65_HS1-834228961_62-HQ-83894_Section_1
Agency: FBI
Page 79
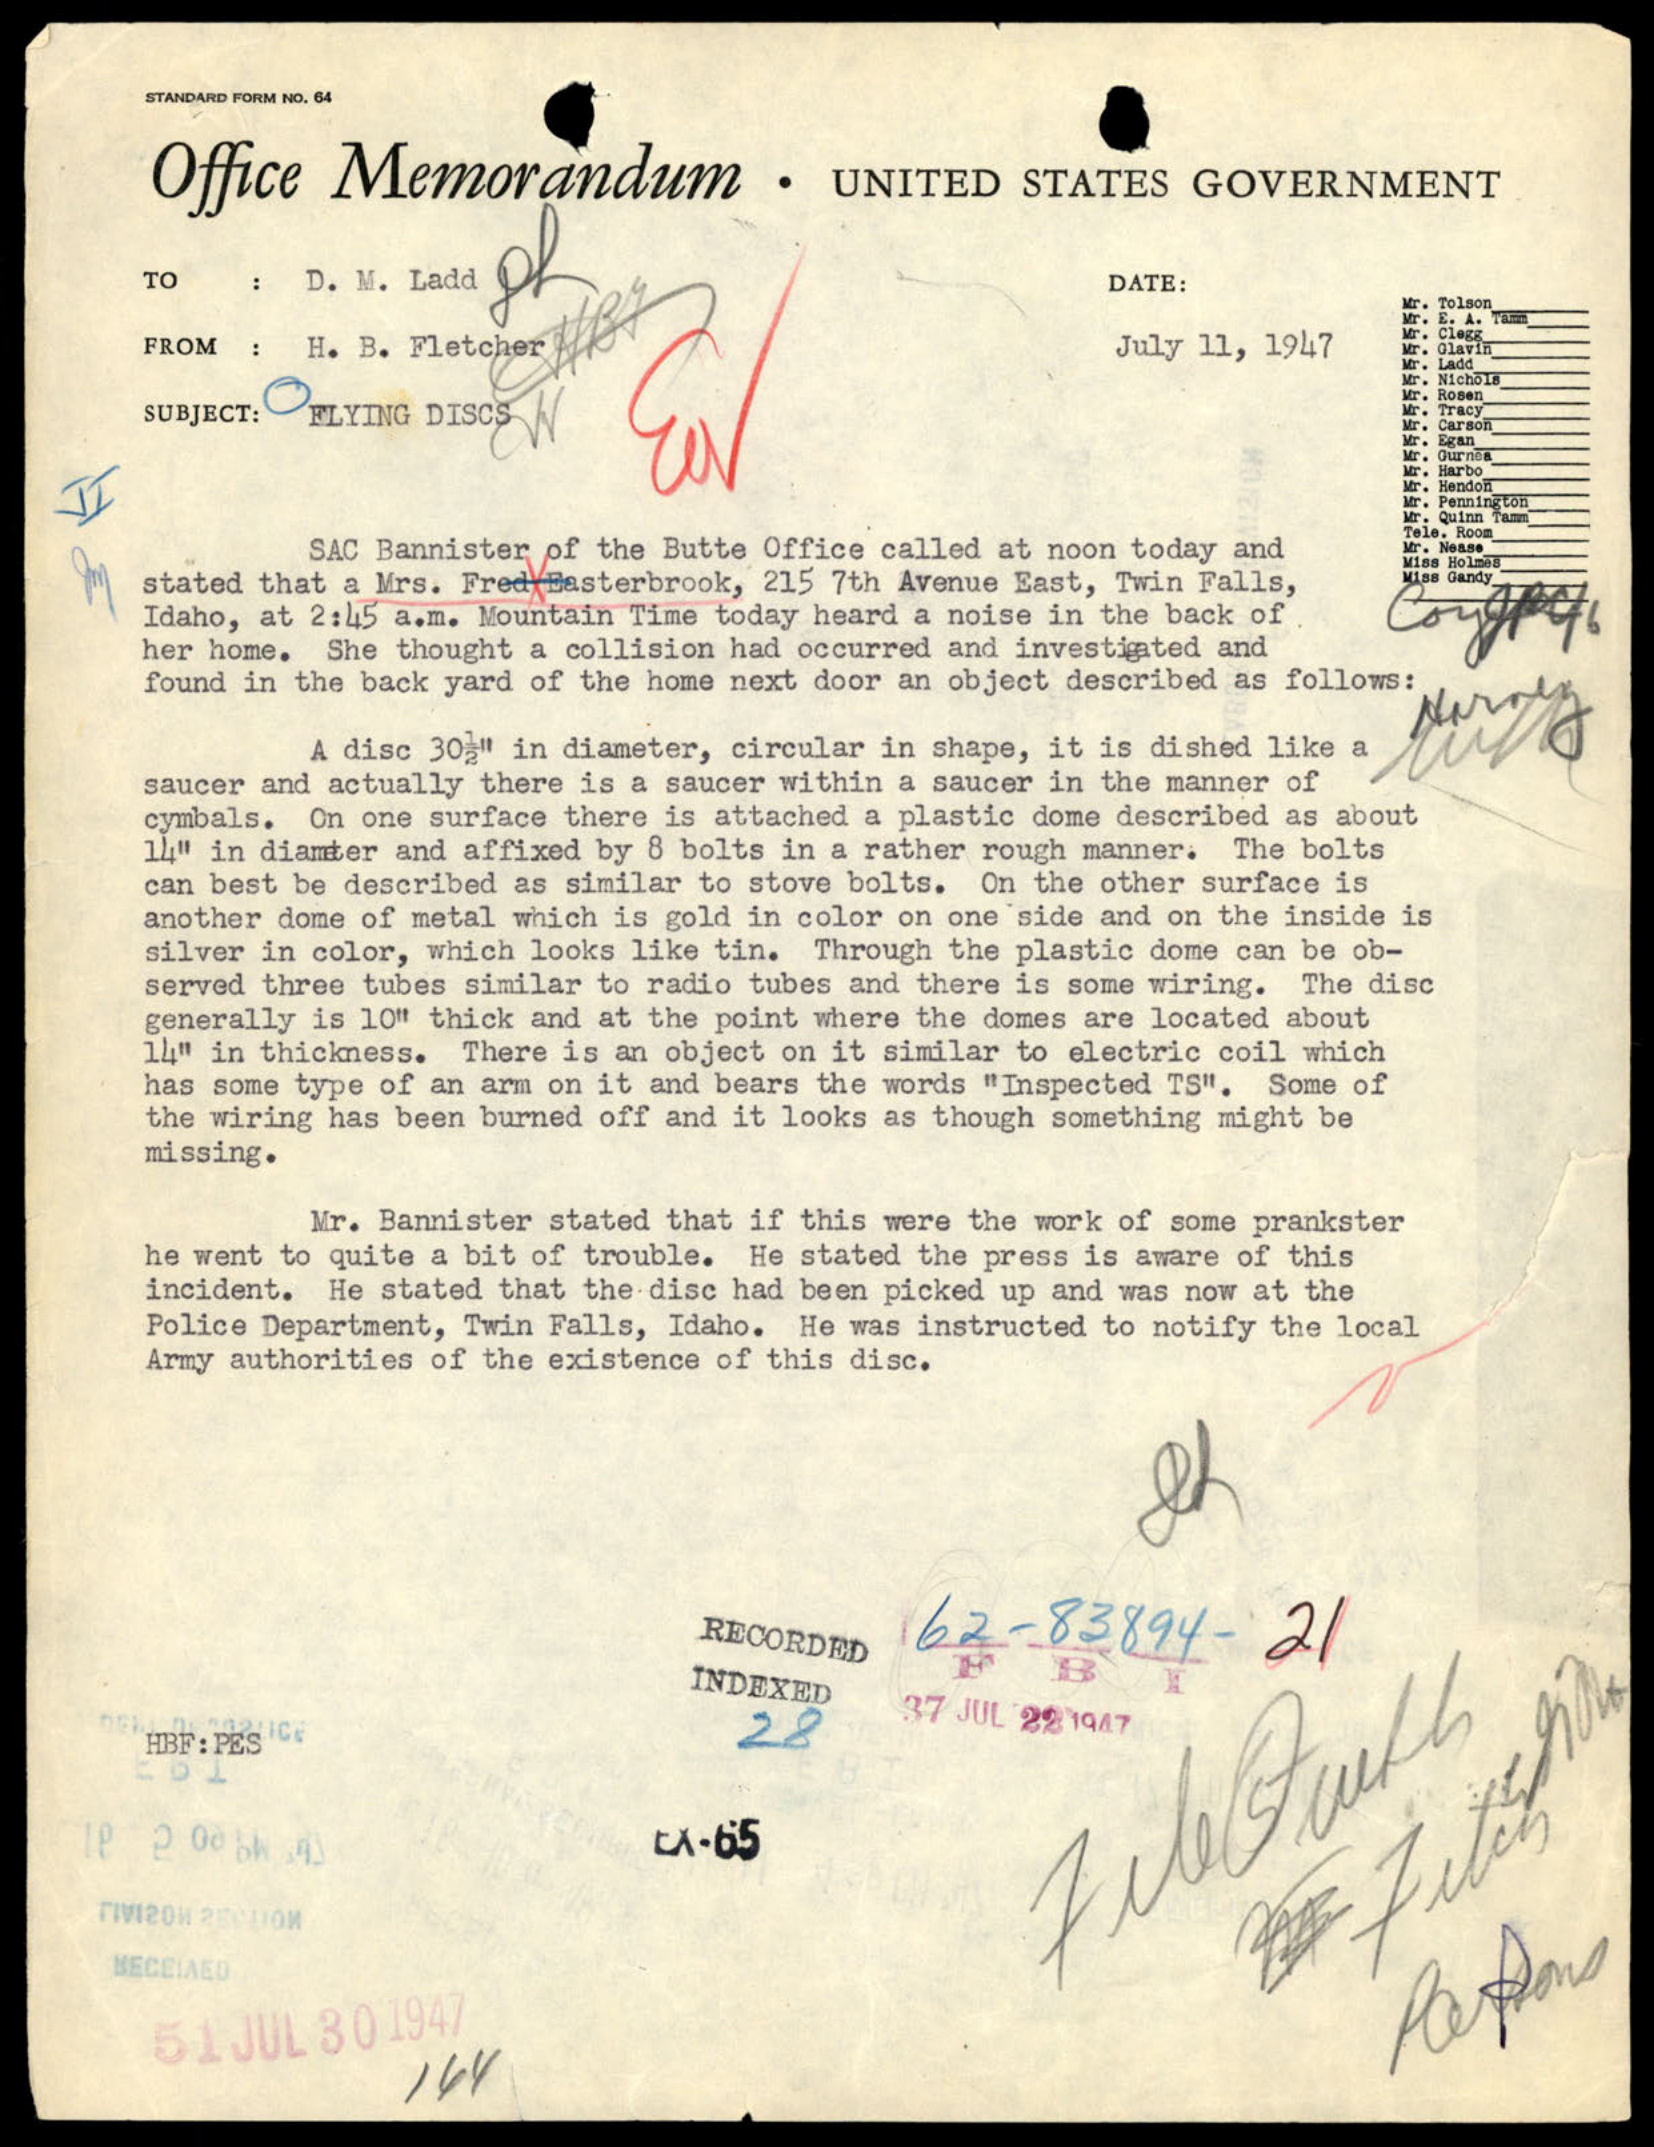